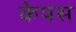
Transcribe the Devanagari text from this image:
केपस